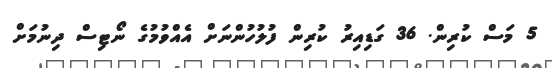
5 މަސް ކުރިން. 36 ގަޑިއިރު ކުރިން ފުލުހުންނަށް އެއްވުމުގެ ނޯޓިސް ދިނުމަށް